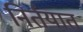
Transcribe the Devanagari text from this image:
निर्तयात